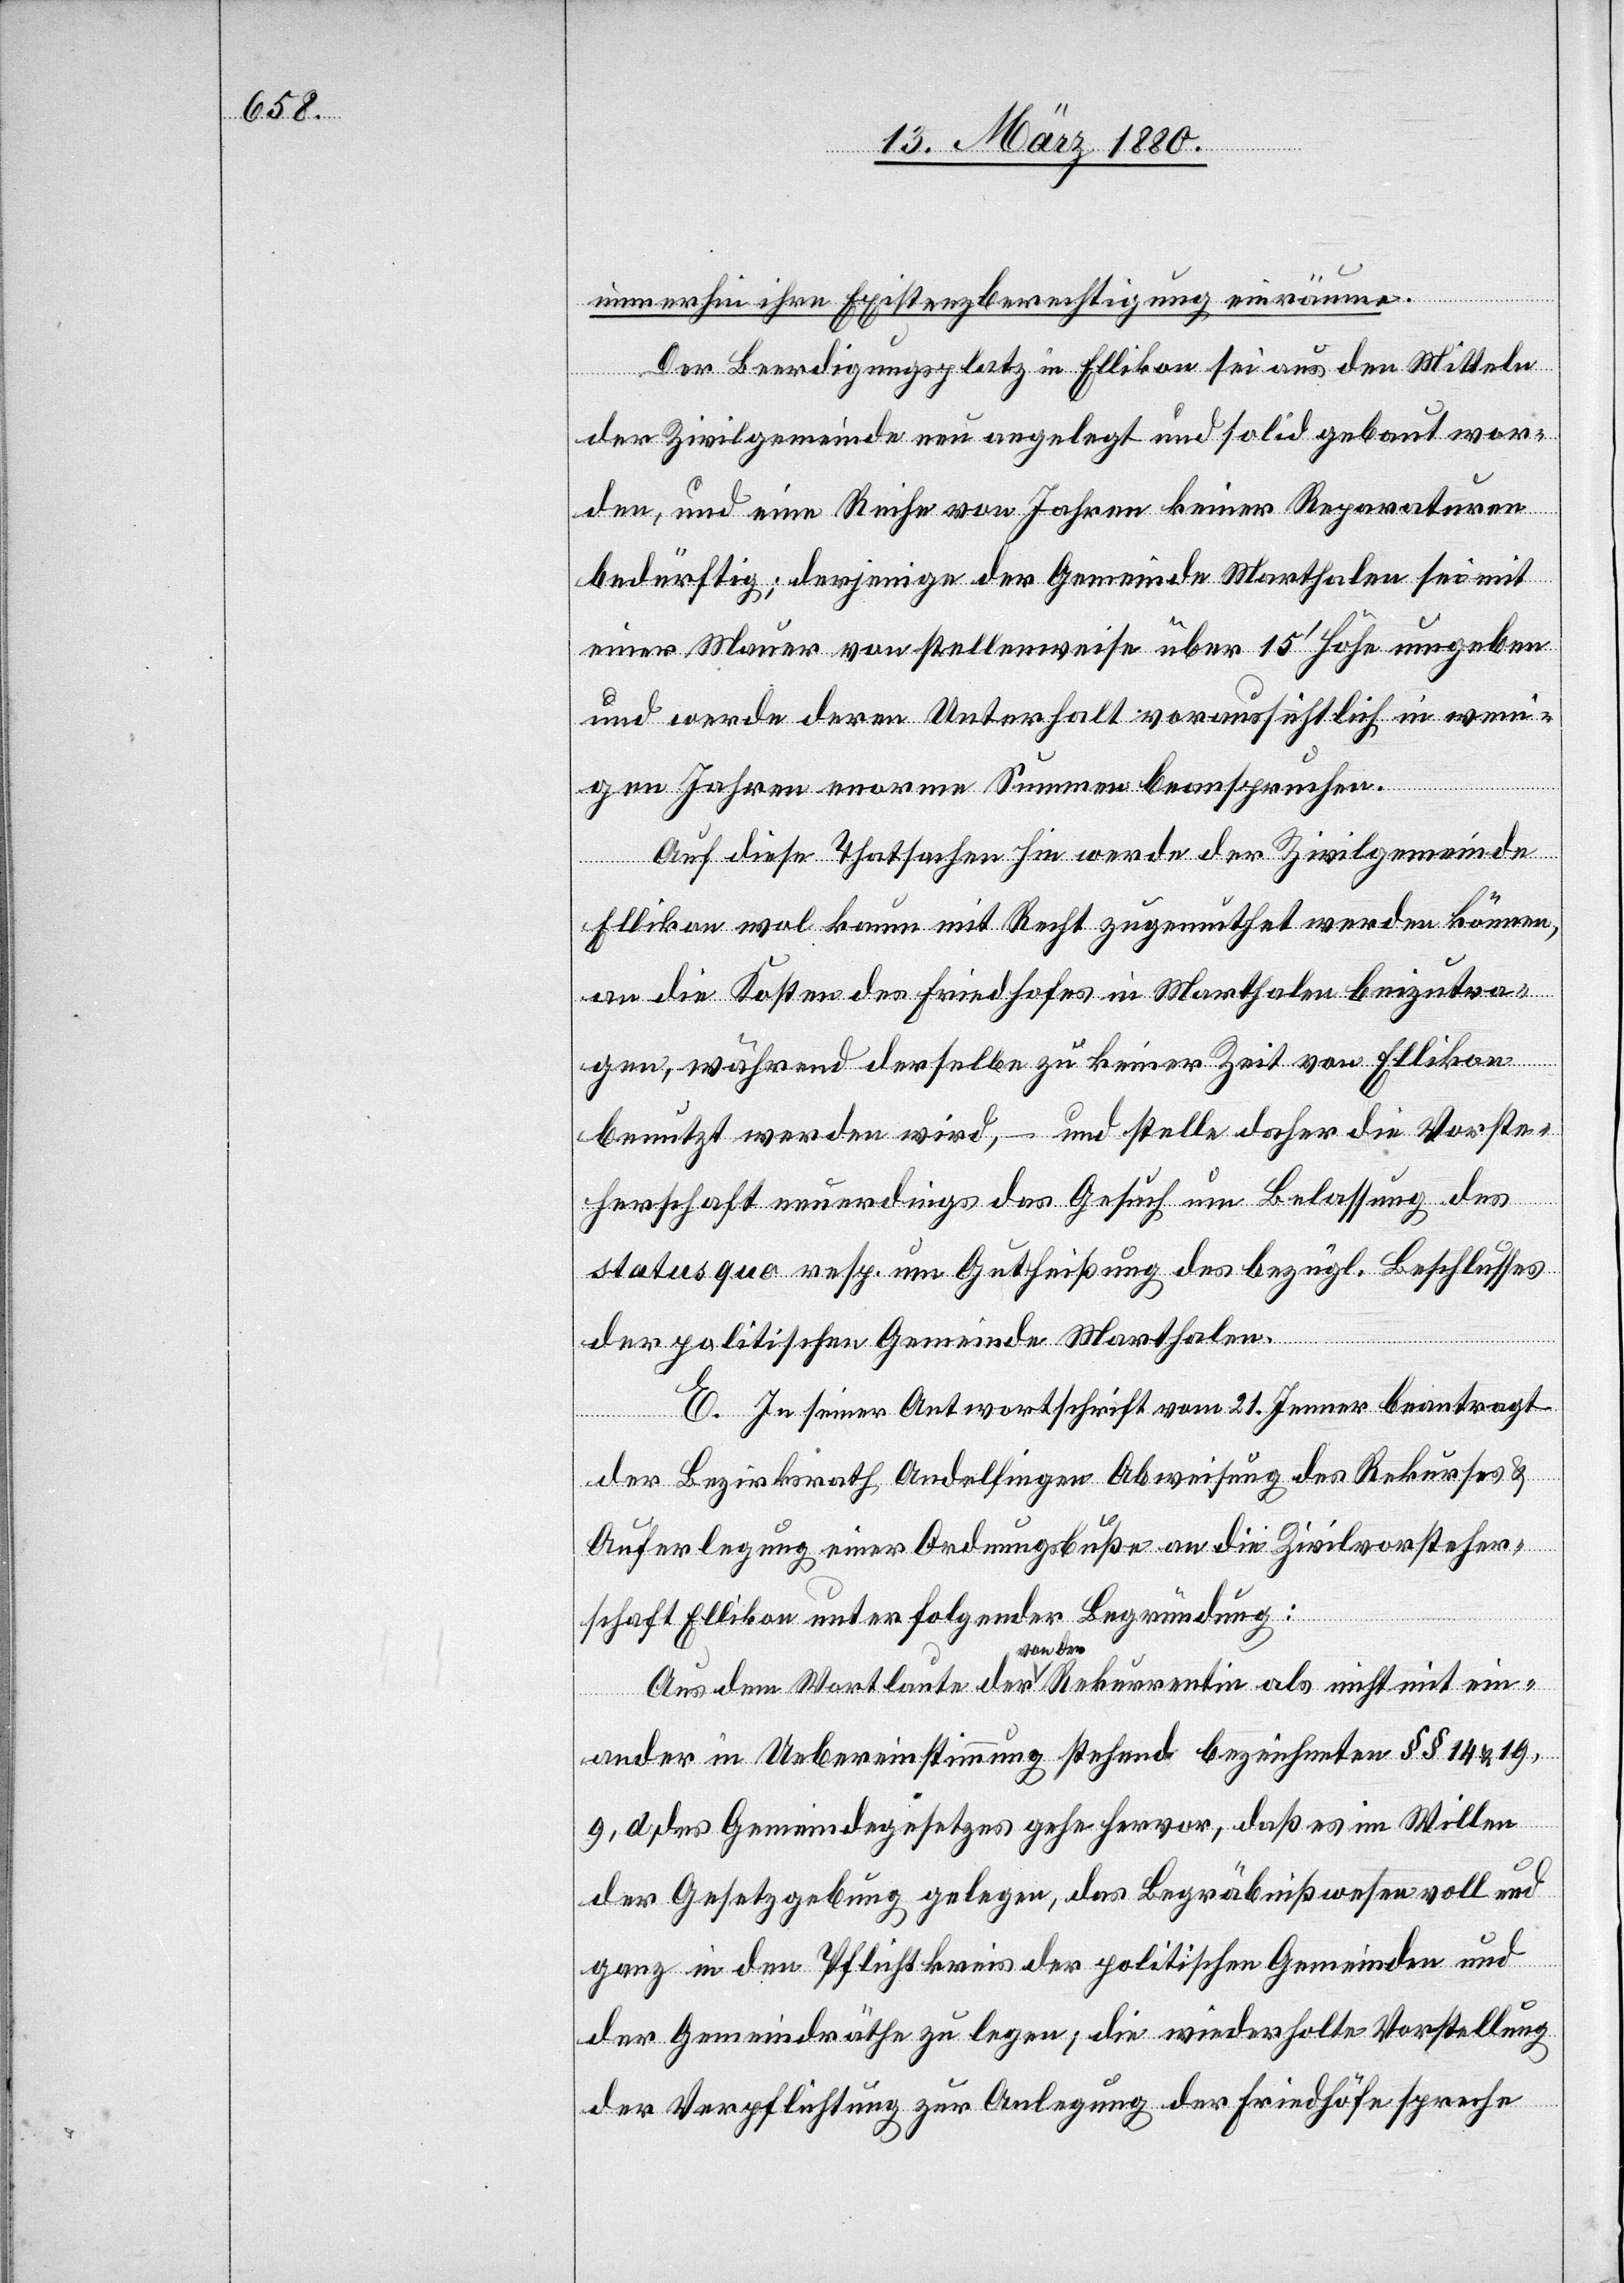
immerhin ihre Existenzberechtigung einräume.
Der Beerdigungsplatz in Ellikon sei aus den Mitteln
der Zivilgemeinde neu angelegt und solid gebaut wor¬
den, und eine Reihe von Jahren keiner Reparaturen
bedürftig; derjenige der Gemeinde Marthalen sei mit
einer Mauer von stellenweise über 15‘ Höhe umgeben
und werde deren Unterhalt voraussichtlich in weni¬
gen Jahren enorme Summen beanspruchen.
Auf diese Thatsachen hin werde der Zivilgemeinde
Ellikon wol kaum mit Recht zugemuthet werden können,
an die Kosten des Friedhofes in Marthalen beizutra¬
gen, während derselbe zu keiner Zeit von Ellikon
benutzt werden wird, – und stelle daher die Vorste¬
herschaft neuerdings das Gesuch um Belassung des
status quo resp. um Gutheißung des bezügl. Beschlusses
der politischen Gemeinde Marthalen.
E. In seiner Antwortschrift vom 21. Jenner beantragt
der Bezirksrath Andelfingen Abweisung des Rekurses &
Auferlegung einer Ordnungsbuße an die Zivilvorsteher¬
schaft Ellikon unter folgender Begründung:
Aus dem Wortlaut der von der Rekurrentin als nicht mit ein¬
ander in Uebereinstimmung stehend bezeichneten §§ 14 & 19,
9. d, des Gemeindegesetzes gehe hervor, daß es im Willen
der Gesetzgebung gelegen, das Begräbniswesen voll und
ganz in den Pflichtkreis der politischen Gemeinden und
der Gemeindräthe zu legen; die wiederholte Vorstellung
der Verpflichtung zur Anlegung der Friedhöfe spreche